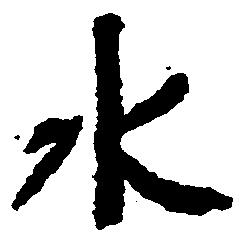
水